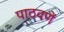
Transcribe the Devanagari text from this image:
पाठवणें